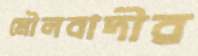
মৌলবাদীর